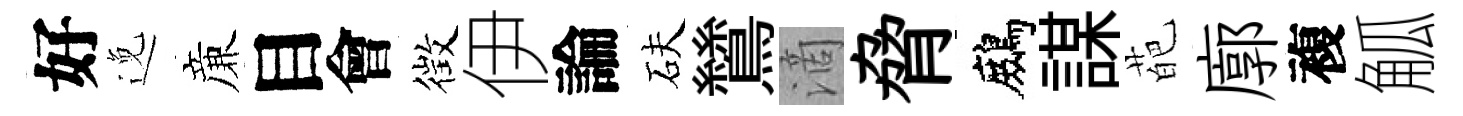
好𨓜亷目會徴伊論砆鷥滴脅鷓謀葩廓複觚